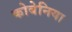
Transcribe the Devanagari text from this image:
कोबेनिया